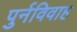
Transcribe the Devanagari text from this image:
पुर्नविवाह